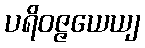
ပရိဝဇ္ဇယေယျ